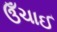
ઉઁચાઈ